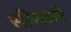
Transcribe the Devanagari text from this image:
सीमामें